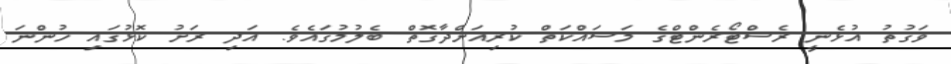
ވަގުތު އުޅެނީ ރެސްޓޯރެންޓްގެ މަސައްކަތް ކުރިއަށްދާގޮތް ބެލުމުގައެވެ. އަދި ރަށު ކޮޅުގައި ހުންނަ